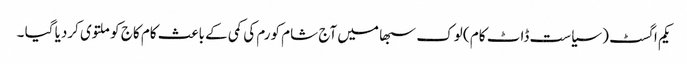
یکم اگسٹ ( سیاست ڈاٹ کام ) لوک سبھا میں آج شام کورم کی کمی کے باعث کام کاج کو ملتوی کردیا گیا ۔